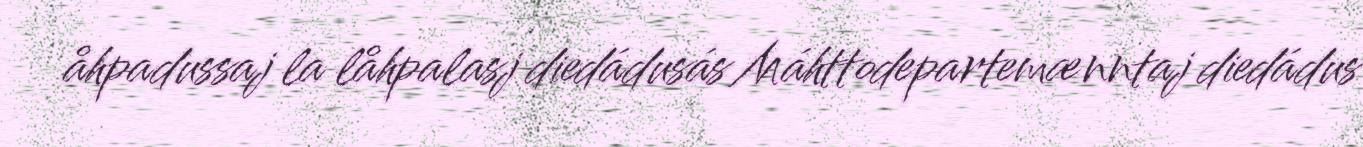
åhpadussaj la låhpalasj diedádusás Máhttodepartemænntaj diedádus